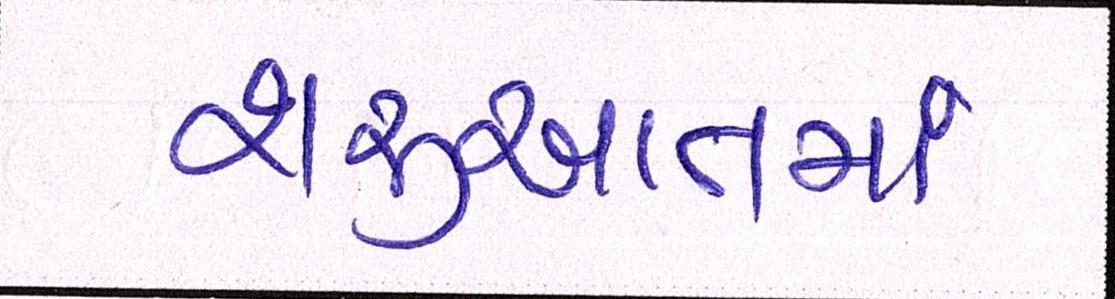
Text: શરૂઆતમાં